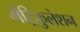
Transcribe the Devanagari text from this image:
मेंट्रिकुलेशन